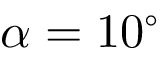
\alpha = 1 0 ^ { \circ }